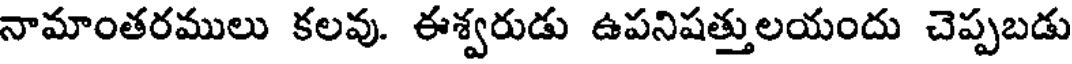
నామాంతరములు కలవు. ఈశ్వరుడు ఉపనిషత్తులయందు చెప్పబడు